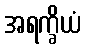
အရက္ခိယံ